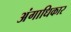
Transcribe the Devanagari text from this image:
अंगाधिकार